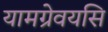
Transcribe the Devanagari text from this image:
यामग्रेवयसि